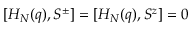
[ H _ { N } ( q ) , S ^ { \pm } ] = [ H _ { N } ( q ) , S ^ { z } ] = 0